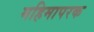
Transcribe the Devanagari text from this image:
महिमापरक